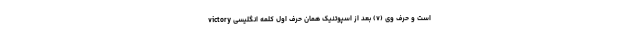
است و حرف وی (v) بعد از اسپوتنیک همان حرف اول کلمه انگلیسی victory